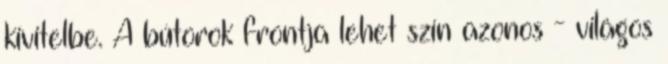
kivitelbe. A bútorok frontja lehet szín azonos - világos